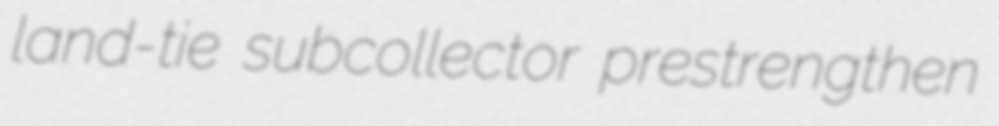
land-tie subcollector prestrengthen